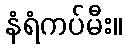
နံရံကပ်မီး။